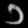
Digit: ၁